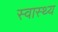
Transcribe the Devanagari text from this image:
स्‍वास्‍थ्य